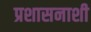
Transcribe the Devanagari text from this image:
प्रशासनाशी